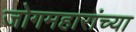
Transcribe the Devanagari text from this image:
जोगमहारांच्या